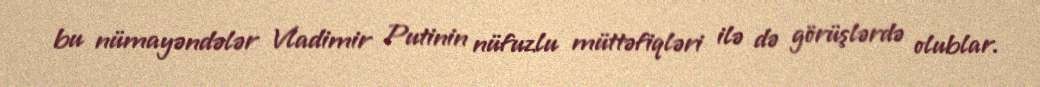
bu nümayəndələr Vladimir Putinin nüfuzlu müttəfiqləri ilə də görüşlərdə olublar.